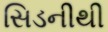
સિડનીથી